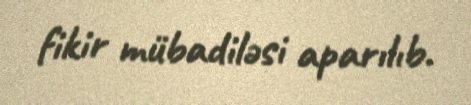
fikir mübadiləsi aparılıb.